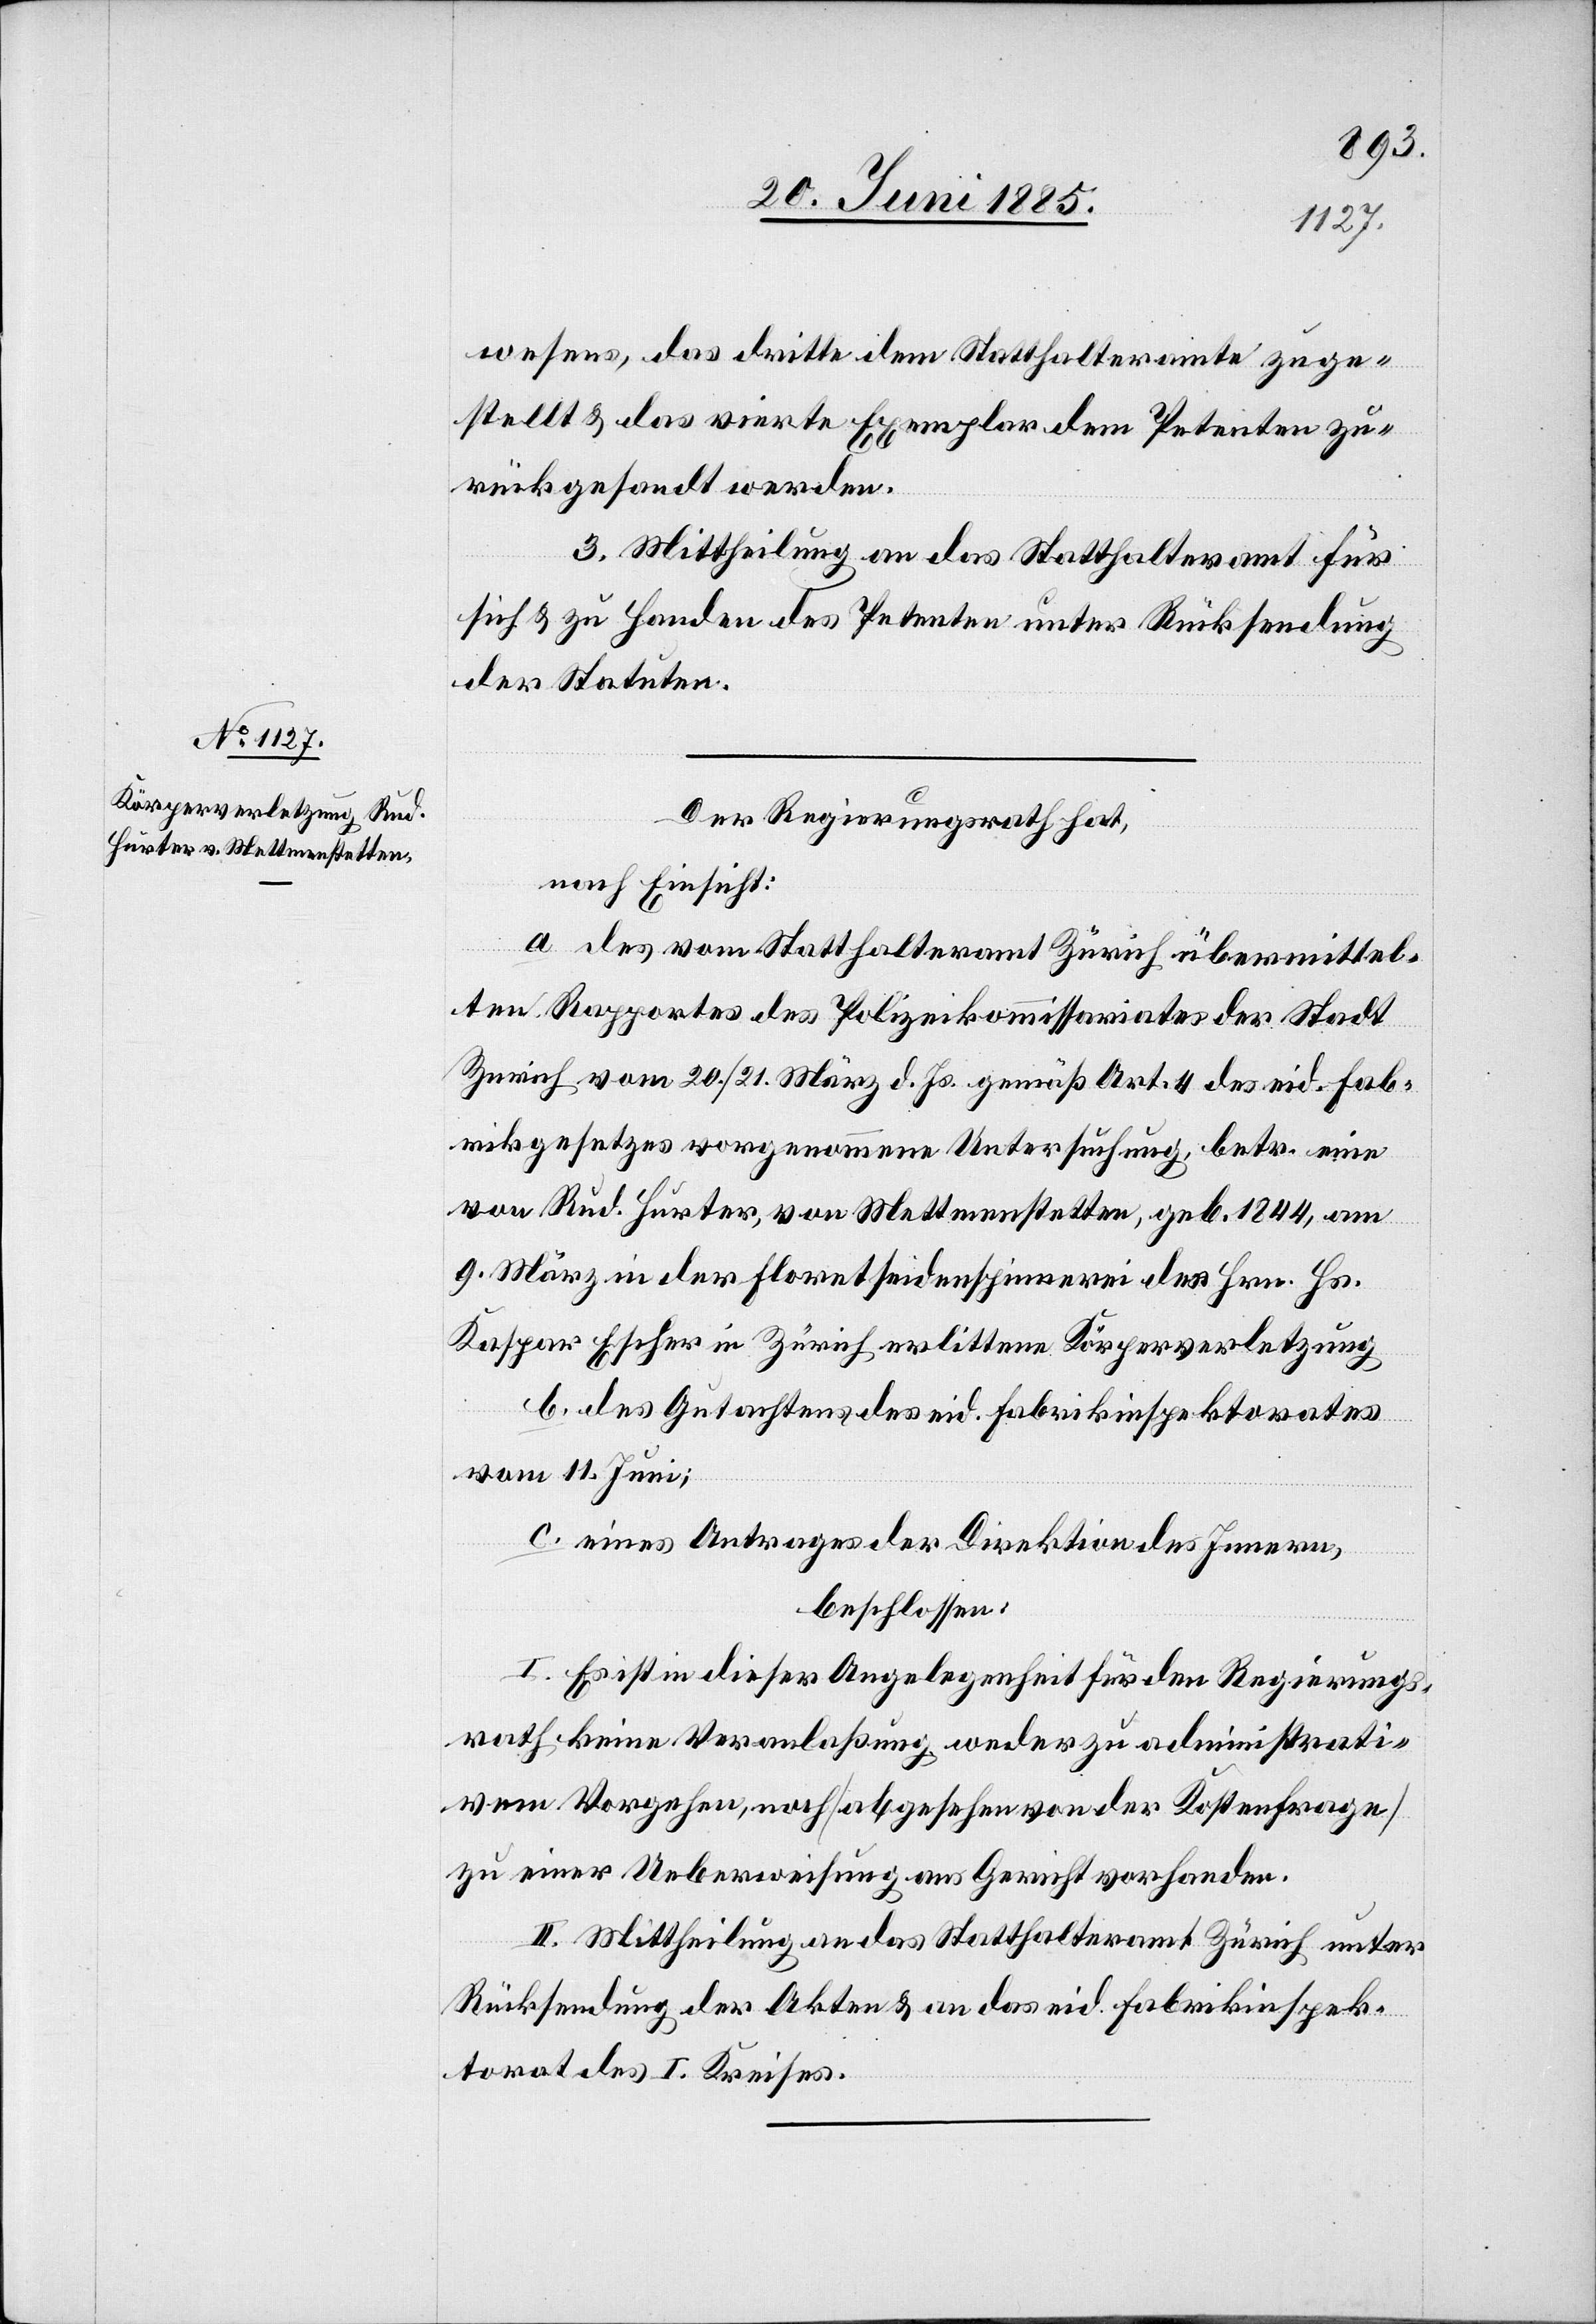
wesens, das dritte dem Statthalteramte zuge¬
stellt & das vierte Exemplar dem Petenten zu¬
rückgesandt werden.
3. Mittheilung an das Statthalteramt für
sich & zu Handen des Petenten unter Rücksendung
der Statuten.
Der Regierungsrath hat,
nach Einsicht:
a. des vom Statthalteramt Zürich übermittel¬
ten Rapportes des Polizeikommissariates der Stadt
Zürich vom 20./21. März d. Js. gemäß Art. 4 des eid. Fab¬
rikgesetzes vorgenommene Untersuchung, betr. eine
von Rud. Hurter, von Mettmenstetten, geb. 1844, am
9. März in der Floretseidenspinnerei des Hrn. Hs.
Kaspar Escher in Zürich erlittene Körperverletzung;
b. des Gutachtens des eid. Fabrikinspektorates
vom 11. Juni;
c. eines Antrages der Direktion des Innern,
beschlossen:
I. Es ist in dieser Angelegenheit für den Regierungs¬
rath keine Veranlaßung weder zu administrati¬
vem Vorgehen, noch [abgesehen von der Kostenfrage]
zu einer Ueberweisung ans Gericht vorhanden.
II. Mittheilung an das Statthalteramt Zürich unter
Rücksendung der Akten & an das eid. Fabrikinspek¬
torat des I. Kreises.